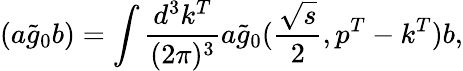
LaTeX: (a\widetilde g_{0}b)=\int\frac{d^{3}k^{T}}{(2\pi)^{3}}a\widetilde g_{0}(\frac{\sqrt{s}}{2},p^{T}-k^{T})b,